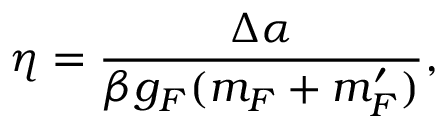
\eta = \frac { \Delta \alpha } { \beta g _ { F } ( m _ { F } + m _ { F } ^ { \prime } ) } ,